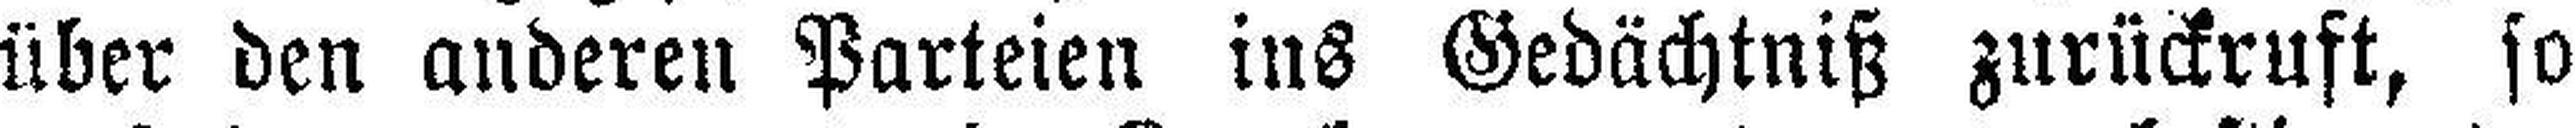
über den anderen Parteien ins Gedächtniß zurückruft, so